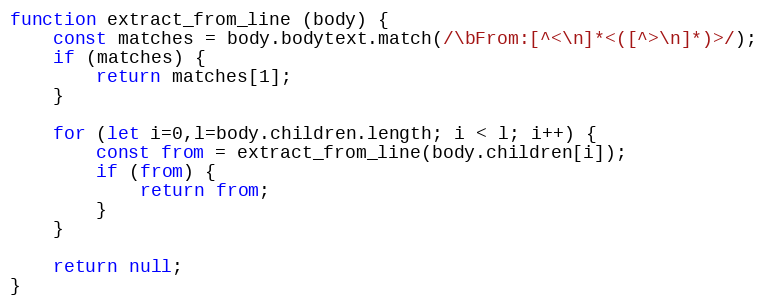
Language: JavaScript
function extract_from_line (body) {
    const matches = body.bodytext.match(/\bFrom:[^<\n]*<([^>\n]*)>/);
    if (matches) {
        return matches[1];
    }

    for (let i=0,l=body.children.length; i < l; i++) {
        const from = extract_from_line(body.children[i]);
        if (from) {
            return from;
        }
    }

    return null;
}